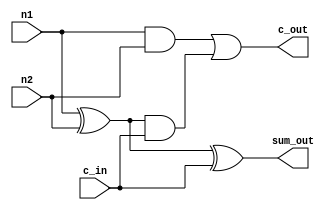
`timescale 1ns / 1ps
//////////////////////////////////////////////////////////////////////////////////
// Company: 
// Engineer: 
// 
// Design Name: 
// Module Name: FullAdder_s
// Project Name: 
// Target Devices: 
// Tool Versions: 
// Description: 
// 
// Dependencies: 
// 
// Revision:
// Revision 0.01 - File Created
// Additional Comments:
// 
//////////////////////////////////////////////////////////////////////////////////


module FullAdder_s(sum_out, c_out, n1, n2, c_in);

    output sum_out, c_out; 

    input n1, n2, c_in;
    
    wire sum1, c1, c2; // setting up in/out

    xor(sum1, n1, n2);
    xor(sum_out, sum1, c_in); // sum logic

    and(c1, n1, n2); 
    and(c2, sum1, c_in); 
    or(c_out, c1, c2); //carry logic 
    

//this is single bit full adder
   
endmodule